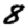
Digit: 8